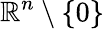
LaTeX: \mathbb{R}^{n}\setminus\lbrace 0\rbrace